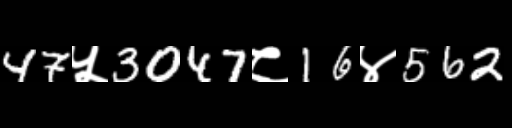
Text: 47५3047८16४562